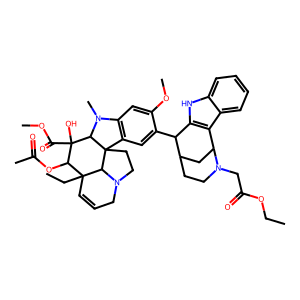
SMILES: CCOC(=O)CN1CCC2CC1c1c([nH]c3ccccc13)C2c1cc2c(cc1OC)N(C)C1C(O)(C(=O)OC)C(OC(C)=O)C3(CC)C=CCN4CCC21C43
Inhibits HIV replication: No